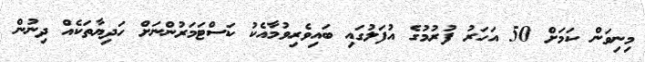
މިނިވަން ކަމަށް 50 އަހަރު ފުރުމުގެ އުފަލުގައި ބައިވެރިވުމާއެކު ކަސްޓަމަރުންނަށް ހަދިޔާތަކެއް ދިނުން